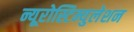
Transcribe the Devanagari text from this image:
न्यूरोस्टिम्युलेशन